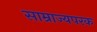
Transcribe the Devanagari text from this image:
साम्राज्यपरक